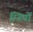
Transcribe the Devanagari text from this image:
स्त्रियों